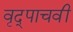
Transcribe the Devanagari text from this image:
वृद्पाचवीं